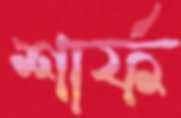
শার্ফ